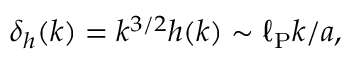
\delta _ { h } ( k ) = k ^ { 3 / 2 } h ( k ) \sim \ell _ { \mathrm { P } } k / a ,